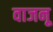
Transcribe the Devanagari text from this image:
वाजनू